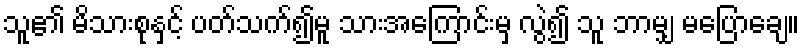
သူ၏ မိသားစုနှင့် ပတ်သက်၍မူ သားအကြောင်းမှ လွဲ၍ သူ ဘာမျှ မပြောချေ။